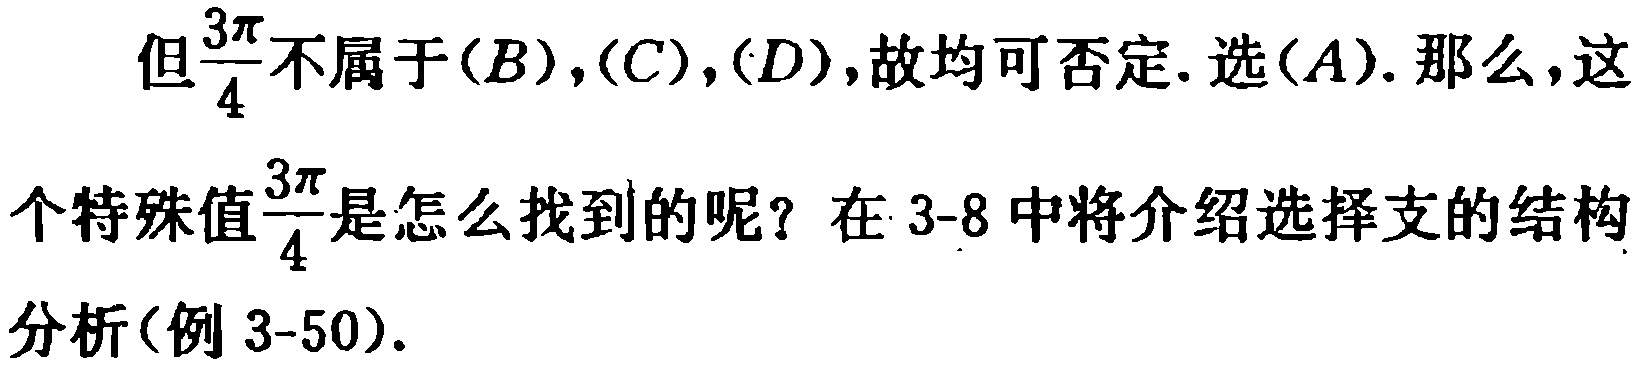
但$\frac{3\pi}{4}$不属于$(B),(C),(D)$,故均可否定. 选$(A)$. 那么,这个特殊值$\frac{3\pi}{4}$是怎么找到的呢？在3-8中将介绍选择支的结构分析(例3-50).